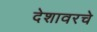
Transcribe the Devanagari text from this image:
देशावरचे